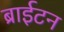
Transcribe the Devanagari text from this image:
ब्राईटन